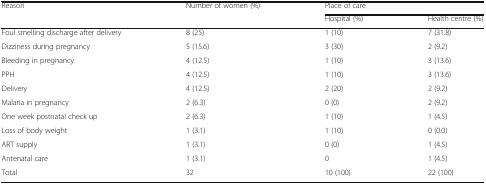
<table><thead><tr><td><b>Reason</b></td><td><b>Number of women (%)</b></td><td colspan="2"><b>Place of care</b></td></tr><tr><td></td><td></td><td><b>Hospital (%)</b></td><td><b>Health centre (%)</b></td></tr></thead><tbody><tr><td>Foul smelling discharge after delivery</td><td>8 (25)</td><td>1 (10)</td><td>7 (31.8)</td></tr><tr><td>Dizziness during pregnancy</td><td>5 (15.6)</td><td>3 (30)</td><td>2 (9.2)</td></tr><tr><td>Bleeding in pregnancy</td><td>4 (12.5)</td><td>1 (10)</td><td>3 (13.6)</td></tr><tr><td>PPH</td><td>4 (12.5)</td><td>1 (10)</td><td>3 (13.6)</td></tr><tr><td>Delivery</td><td>4 (12.5)</td><td>2 (20)</td><td>2 (9.2)</td></tr><tr><td>Malaria in pregnancy</td><td>2 (6.3)</td><td>0 (0)</td><td>2 (9.2)</td></tr><tr><td>One week postnatal check up</td><td>2 (6.3)</td><td>1 (10)</td><td>1 (4.5)</td></tr><tr><td>Loss of body weight</td><td>1 (3.1)</td><td>1 (10)</td><td>0 (0.0)</td></tr><tr><td>ART supply</td><td>1 (3.1)</td><td>0 (0)</td><td>1 (4.5)</td></tr><tr><td>Antenatal care</td><td>1 (3.1)</td><td>0</td><td>1 (4.5)</td></tr><tr><td>Total</td><td>32</td><td>10 (100)</td><td>22 (100)</td></tr></tbody></table>